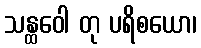
သန္ထဝေါ တု ပရိစယော၊